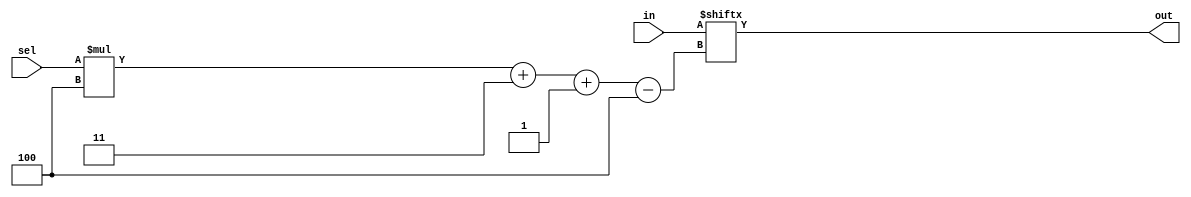
// This program was cloned from: https://github.com/matthewdelorenzo/CreativEval
// License: BSD 3-Clause "New" or "Revised" License

module top_module( 
    input [1023:0] in,
    input [7:0] sel,
    output [3:0] out );

    assign out = in[sel*4+3 -: 4]; // - and : should be put together
    
endmodule